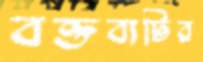
বক্তব্যটির